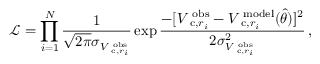
\mathcal { L } = \prod _ { i = 1 } ^ { N } \frac { 1 } { \sqrt { 2 \pi } \sigma _ { V _ { \mathrm { \small ~ c } , r _ { i } } ^ { \mathrm { \scriptsize ~ o b s } } } } \exp \frac { - [ V _ { \mathrm { \small ~ c } , r _ { i } } ^ { \mathrm { \scriptsize ~ o b s } } - V _ { \mathrm { \small ~ c } , r _ { i } } ^ { \mathrm { \scriptsize ~ m o d e l } } ( \hat { \theta } ) ] ^ { 2 } } { 2 \sigma _ { V _ { \mathrm { \small ~ c } , r _ { i } } ^ { \mathrm { \scriptsize ~ o b s } } } ^ { 2 } } \, ,